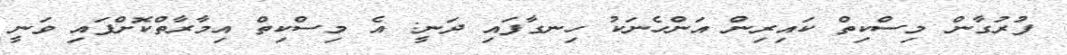
ފުރުގާން މިސްކިތް ކައިރިން އަންހެނަކު ހިނގާފައި ދަނީ: އެ މިސްކިތް އިމާރާތްކޮށްފައި ވަނީ